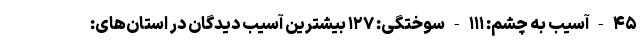
۴۵ - آسیب به چشم: ۱۱۱ - سوختگی: ۱۲۷ بیشترین آسیب دیدگان در استان‌های: